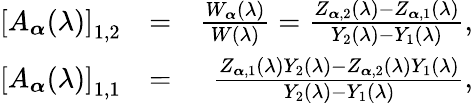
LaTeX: \begin{array}{rlr}{\left[A_{\boldsymbol{\alpha}}(\lambda)\right]_{1,2}}&{=}&{\frac{W_{\boldsymbol{\alpha}}(\lambda)}{W(\lambda)}=\frac{Z_{\boldsymbol{\alpha},2}(\lambda)-Z_{\boldsymbol{\alpha},1}(\lambda)}{Y_{2}(\lambda)-Y_{1}(\lambda)},}\\ {\left[A_{\boldsymbol{\alpha}}(\lambda)\right]_{1,1}}&{=}&{\frac{Z_{\boldsymbol{\alpha},1}(\lambda)Y_{2}(\lambda)-Z_{\boldsymbol{\alpha},2}(\lambda)Y_{1}(\lambda)}{Y_{2}(\lambda)-Y_{1}(\lambda)},}\end{array}